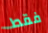
فقط